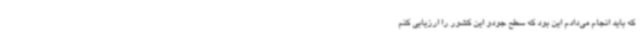
که باید انجام می‌دادم این بود که سطح جودو این کشور را ارزیابی کنم